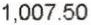
1,007.50